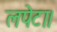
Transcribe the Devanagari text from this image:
लपेटा।